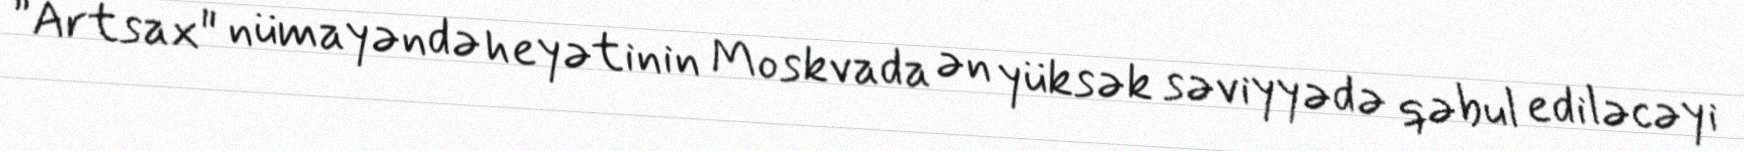
”Artsax" nümayəndə heyətinin Moskvada ən yüksək səviyyədə qəbul ediləcəyi